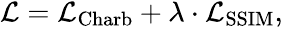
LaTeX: \begin{array}{r}{\mathcal{L}=\mathcal{L}_{\mathrm{Charb}}+\lambda\cdot\mathcal{L}_{\mathrm{SSIM}},}\end{array}